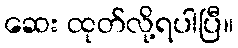
ဆေး ထုတ်လို့ရပါပြီ။